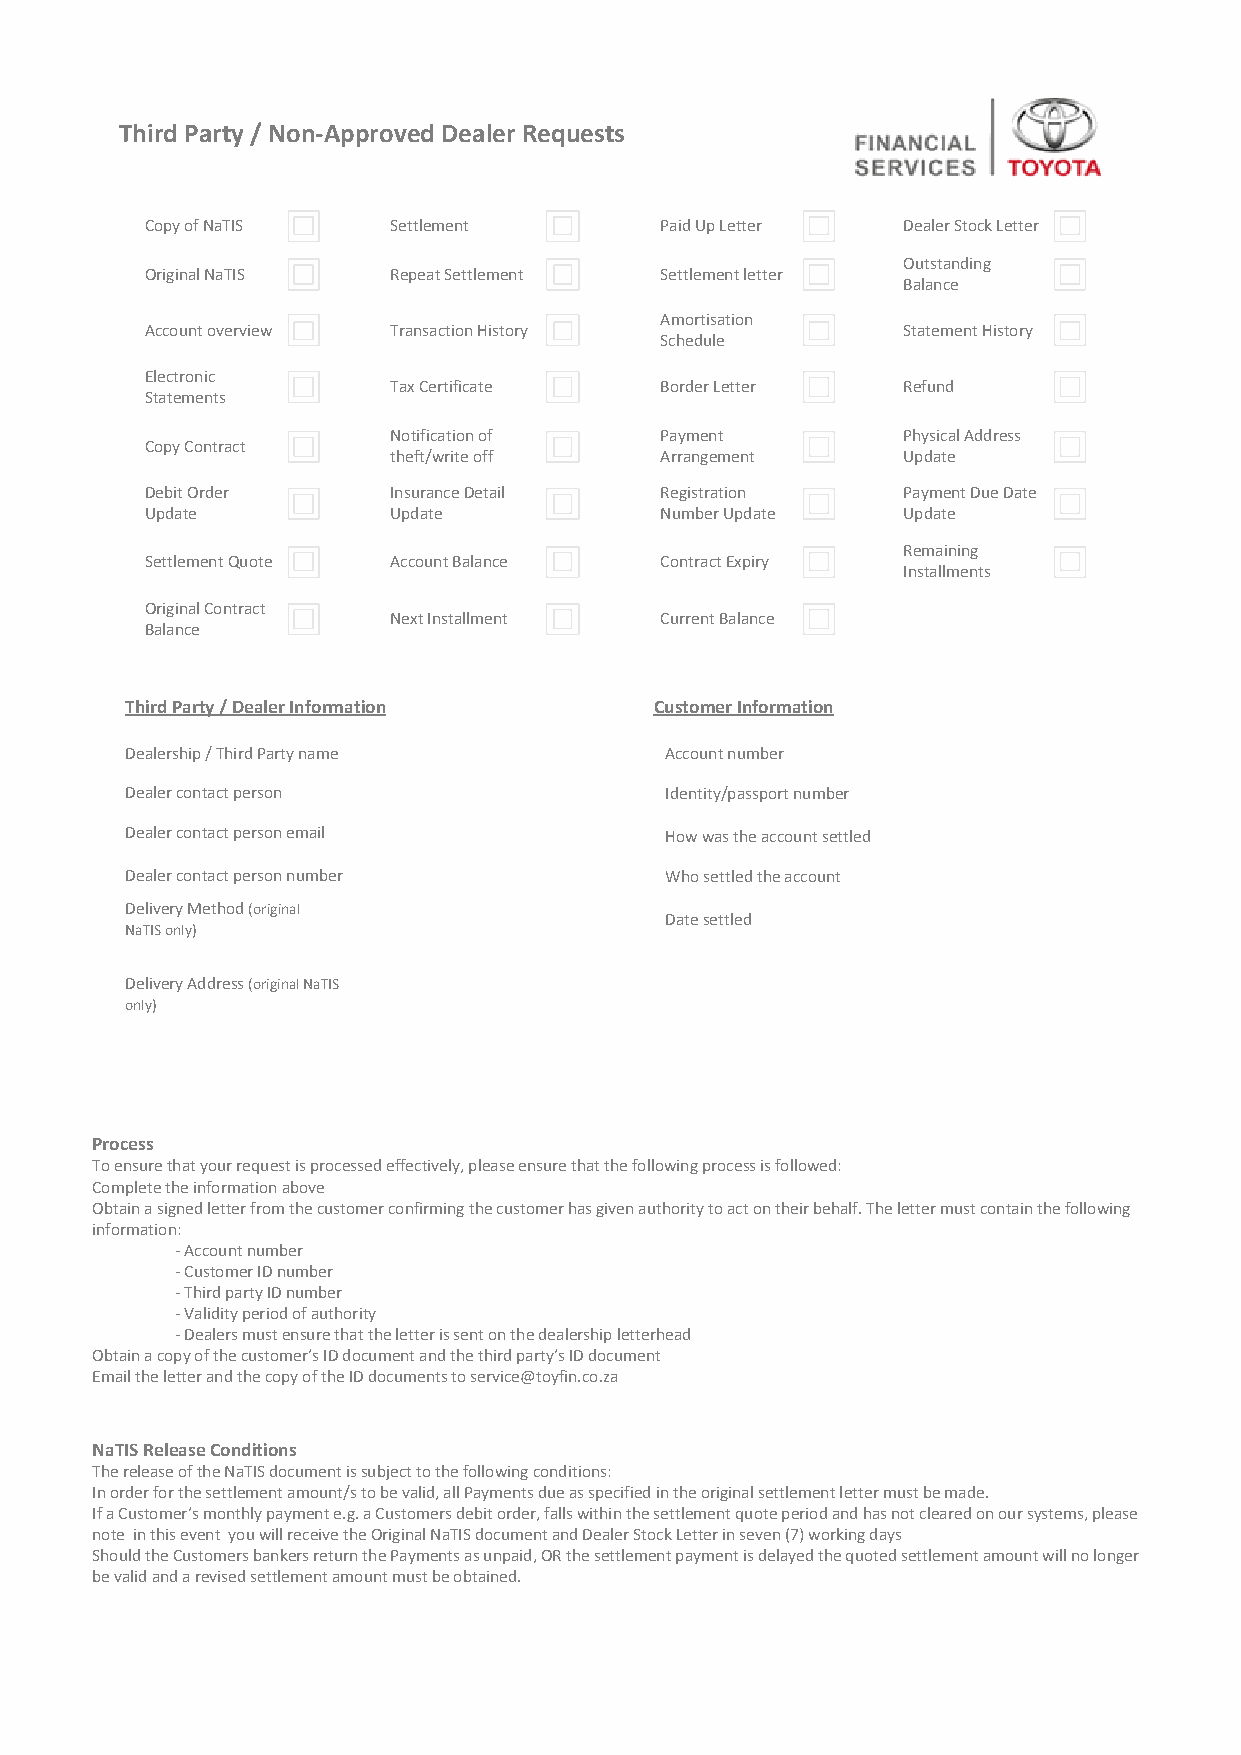
Third Party / Non-Approved Dealer Requests
 Copy of NaTIS   Settlement        Paid Up Letter  Dealer Stock Letter
 Outstanding
 Original NaTIS  Repeat Settlement Settlement letter
 Balance
 Amortisation
 Account overview Transaction History              Statement History
 Schedule
 Electronic
 Tax Certificate   Border Letter   Refund
 Statements
 Notification of   Payment         Physical Address
 Copy Contract
 theft/write off   Arrangement     Update
 Debit Order     Insurance Detail  Registration    Payment Due Date
 Update          Update            Number Update   Update
 Remaining
 Settlement Quote Account Balance  Contract Expiry
 Installments
 Original Contract
 Next Installment  Current Balance
 Balance
 Third Party / Dealer Information   Customer Information
 Dealership / Third Party name       Account number
 Dealer contact person               Identity/passport number
 Dealer contact person email         How was the account settled
 Dealer contact person number        Who settled the account
 Delivery Method (original
 Date settled
 NaTIS only)
 Delivery Address (original NaTIS
 only)
 Process
 To ensure that your request is processed effectively, please ensure that the following process is followed:
 Complete the information above
 Obtain a signed letter from the customer confirming the customer has given authority to act on their behalf. The letter must contain the following
 information:
 - Account number
 - Customer ID number
 - Third party ID number
 - Validity period of authority
 - Dealers must ensure that the letter is sent on the dealership letterhead
 Obtain a copy of the customer’s ID document and the third party’s ID document
 Email the letter and the copy of the ID documents to service@toyfin.co.za
 NaTIS Release Conditions
 The release of the NaTIS document is subject to the following conditions:
 In order for the settlement amount/s to be valid, all Payments due as specified in the original settlement letter must be made.
 If a Customer’s monthly payment e.g. a Customers debit order, falls within the settlement quote period and has not cleared on our systems, please
 note in this event you will receive the Original NaTIS document and Dealer Stock Letter in seven (7) working days
 Should the Customers bankers return the Payments as unpaid, OR the settlement payment is delayed the quoted settlement amount will no longer
 be valid and a revised settlement amount must be obtained.